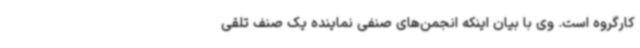
کارگروه است. وی با بیان اینکه انجمن‌های صنفی نماینده یک صنف تلقی